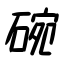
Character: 碗